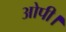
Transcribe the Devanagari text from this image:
ओपी।